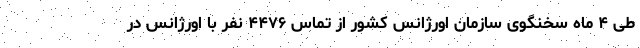
طی ۴ ماه سخنگوی سازمان اورژانس کشور از تماس ۴۴٧۶ نفر با اورژانس در